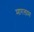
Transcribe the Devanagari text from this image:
मारलाम